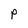
Character: P